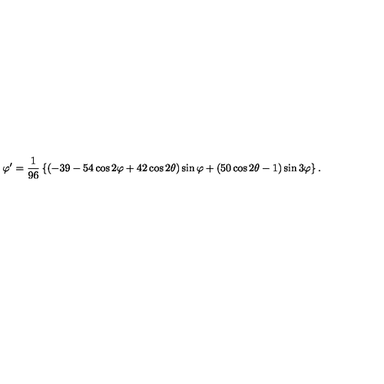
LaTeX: \varphi ^ { \prime } = { \frac { 1 } { 9 6 } } \left\{ ( - 3 9 - 5 4 \cos 2 \varphi + 4 2 \cos 2 \theta ) \sin \varphi + ( 5 0 \cos 2 \theta - 1 ) \sin 3 \varphi \right\} .